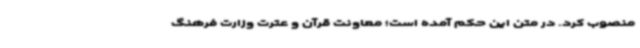
منصوب کرد. در متن این حکم آمده است؛ معاونت قرآن و عترت وزارت فرهنگ